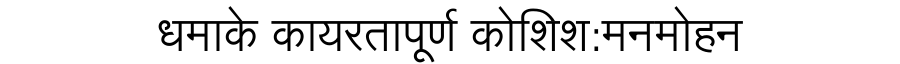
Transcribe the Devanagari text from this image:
धमाके कायरतापूर्ण कोशिश:मनमोहन